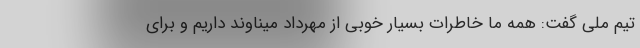
تیم ملی گفت: همه ما خاطرات بسیار خوبی از مهرداد میناوند داریم و برای